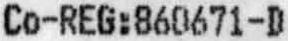
CO-REG:860671-D